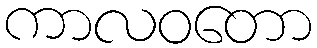
ကာလဝတော